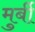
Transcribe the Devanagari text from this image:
मुर्बी